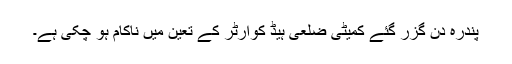
پندرہ دن گزر گئے کمیٹی ضلعی ہیڈ کوارٹر کے تعین میں ناکام ہو چکی ہے۔